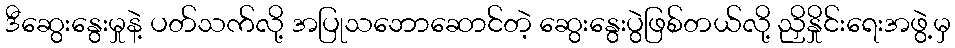
ဒီဆွေးနွေးမှုနဲ့ ပတ်သက်လို့ အပြုသဘောဆောင်တဲ့ ဆွေးနွေးပွဲဖြစ်တယ်လို့ ညှိနှိုင်းရေးအဖွဲ့မှ